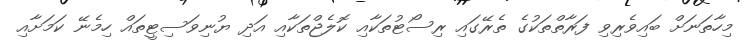
މިހާތަނަށް ބައިވެރިވި ފަރާތްތަކުގެ ތެރޭގައި ރިސޯޓުތަކާއި ކޮލެޖްތަކާއި އަދި ޔުނިވަސިޓީތައް ހިމެނޭ ކަމަށާއި